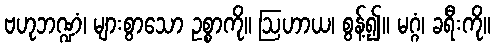
ဗဟုဘဏ္ဍံ၊ များစွာသော ဥစ္စာကို။ ဩဟာယ၊ စွန့်၍။ မဂ္ဂံ၊ ခရီးကို။